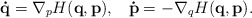
\begin{align*}\mathbf{\dot{q}}=\nabla_{p}{H}(\mathbf{q,p}),\;\;\;\mathbf{\dot{p}}=-\nabla_{q}{H}(\mathbf{q,p}){.}\end{align*}